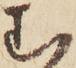
む